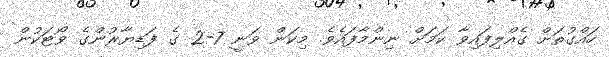
ހައްގުތަށް ގެއްލިފައިވާ ކަމަށް ނިންމާފައެވެ. މިކަން ވަނީ 7-2 ގެ ފަޑިޔާރުންގެ ވޯޓަކުން